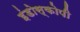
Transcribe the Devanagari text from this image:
इंडोस्कोपी